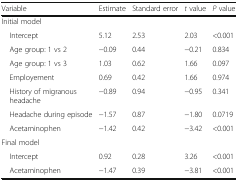
<table><thead><tr><td><b>Variable</b></td><td><b>Estimate</b></td><td><b>Standard error</b></td><td><b><i>t</i> value</b></td><td><b><i>P</i> value</b></td></tr></thead><tbody><tr><td colspan="5">Initial model</td></tr><tr><td> Intercept</td><td>5.12</td><td>2.53</td><td>2.03</td><td>&lt;0.001</td></tr><tr><td> Age group: 1 vs 2</td><td>−0.09</td><td>0.44</td><td>−0.21</td><td>0.834</td></tr><tr><td> Age group: 1 vs 3</td><td>1.03</td><td>0.62</td><td>1.66</td><td>0.097</td></tr><tr><td> Employement</td><td>0.69</td><td>0.42</td><td>1.66</td><td>0.974</td></tr><tr><td> History of migranous headache</td><td>−0.89</td><td>0.94</td><td>−0.95</td><td>0.341</td></tr><tr><td> Headache during episode</td><td>−1.57</td><td>0.87</td><td>−1.80</td><td>0.0719</td></tr><tr><td> Acetaminophen</td><td>−1.42</td><td>0.42</td><td>−3.42</td><td>&lt;0.001</td></tr><tr><td colspan="5">Final model</td></tr><tr><td> Intercept</td><td>0.92</td><td>0.28</td><td>3.26</td><td>&lt;0.001</td></tr><tr><td> Acetaminophen</td><td>−1.47</td><td>0.39</td><td>−3.81</td><td>&lt;0.001</td></tr></tbody></table>